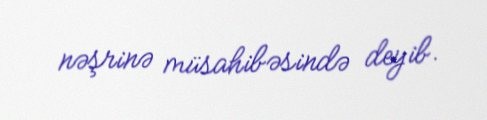
nəşrinə müsahibəsində deyib.